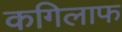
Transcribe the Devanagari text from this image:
कगिलाफ